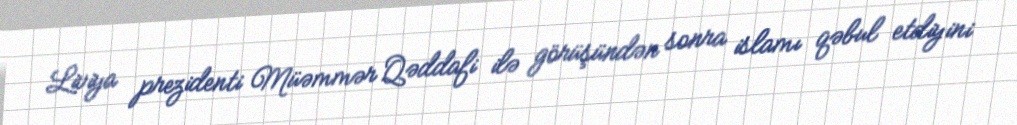
Liviya prezidenti Müəmmər Qəddafi ilə görüşündən sonra islamı qəbul etdiyini